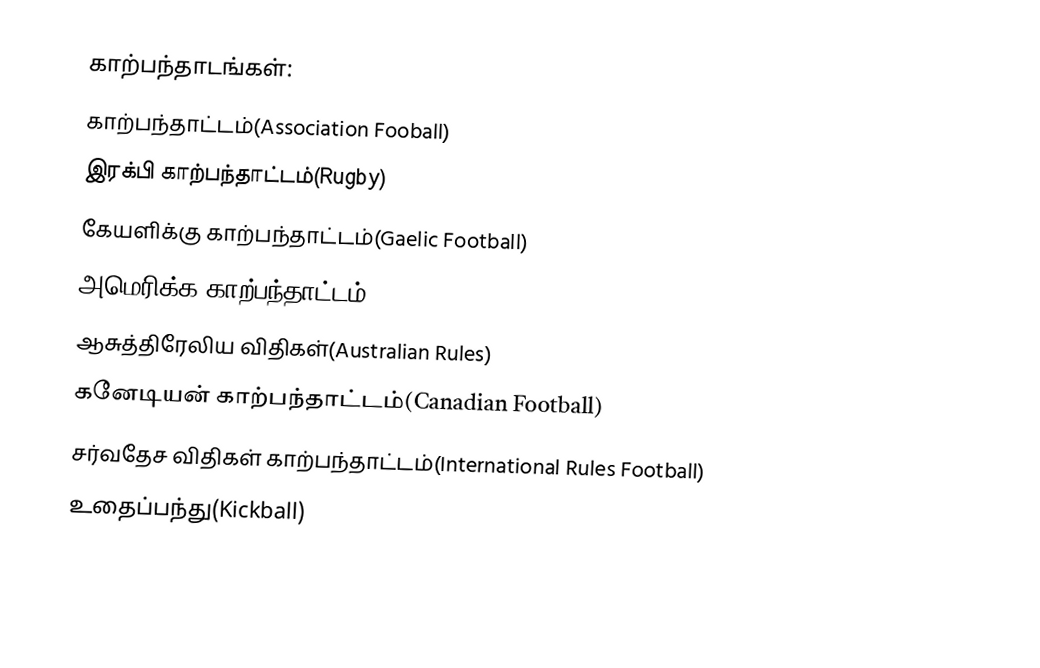
காற்பந்தாடங்கள்:
காற்பந்தாட்டம்(Association Fooball)
இரக்பி காற்பந்தாட்டம்(Rugby)
கேயளிக்கு காற்பந்தாட்டம்(Gaelic Football)
அமெரிக்க காற்பந்தாட்டம்(American Football)
ஆசுத்திரேலிய விதிகள்(Australian Rules)
கனேடியன் காற்பந்தாட்டம்(Canadian Football)
சர்வதேச விதிகள் காற்பந்தாட்டம்(International Rules Football)
உதைப்பந்து(Kickball)